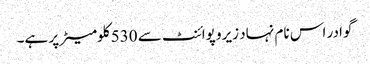
گوادر اس نام نہاد زیرو پوائنٹ سے 530 کلومیٹر پر ہے۔